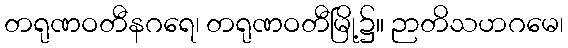
တရုဏဝတီနဂရေ၊ တရုဏဝတီမြို့၌။ ဉာတိသဟဂမေ၊